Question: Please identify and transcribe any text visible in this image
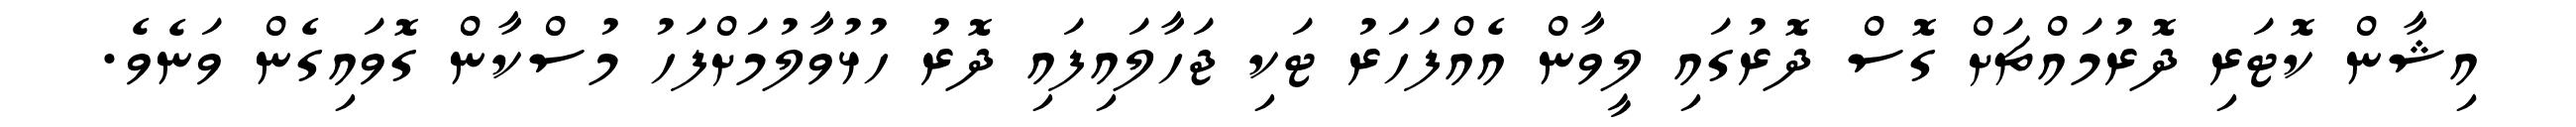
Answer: އިޝާން ކޮޓަރި ދޮރުމައްޗަށް ގޮސް ދޮރުގައި ލީވާން އެއްފަހަރު ޓަކި ޖަހާލައިފައި ދޮރު ހުޅުވާލުމަށްފަހު މުސްކާން ގޮވައިގެން ވަނެވެ.